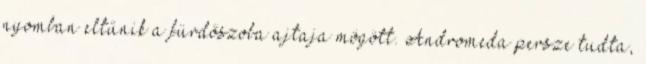
nyomban eltűnik a fürdőszoba ajtaja mögött. Andromeda persze tudta,